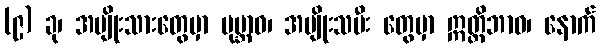
(၉) ခု၊ အမျိုးသားတွေမှာ ပုမ္ဘာဝ၊ အမျိုးသမီး တွေမှာ ဣတ္ထိဘာဝ၊ နောက်